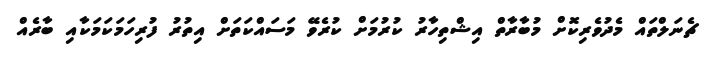
ޗެނަލްތައް މެދުވެރިކޮށް މުބާރާތް އިޝްތިހާރު ކުރުމަށް ކުރެވޭ މަސައްކަތަށް އިތުރު ފުރިހަމަކަމަކާއި ބާރެއް